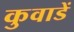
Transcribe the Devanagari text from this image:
कुवाडें